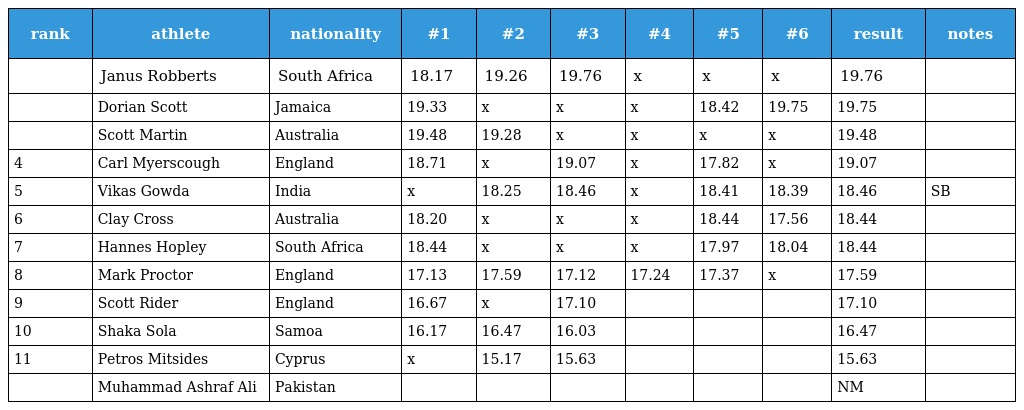
| rank | athlete | nationality | #1 | #2 | #3 | #4 | #5 | #6 | result | notes |
 | --- | --- | --- | --- | --- | --- | --- | --- | --- | --- | --- |
 |  | Janus Robberts | South Africa | 18.17 | 19.26 | 19.76 | x | x | x | 19.76 |  |
 |  | Dorian Scott | Jamaica | 19.33 | x | x | x | 18.42 | 19.75 | 19.75 |  |
 |  | Scott Martin | Australia | 19.48 | 19.28 | x | x | x | x | 19.48 |  |
 | 4 | Carl Myerscough | England | 18.71 | x | 19.07 | x | 17.82 | x | 19.07 |  |
 | 5 | Vikas Gowda | India | x | 18.25 | 18.46 | x | 18.41 | 18.39 | 18.46 | SB |
 | 6 | Clay Cross | Australia | 18.20 | x | x | x | 18.44 | 17.56 | 18.44 |  |
 | 7 | Hannes Hopley | South Africa | 18.44 | x | x | x | 17.97 | 18.04 | 18.44 |  |
 | 8 | Mark Proctor | England | 17.13 | 17.59 | 17.12 | 17.24 | 17.37 | x | 17.59 |  |
 | 9 | Scott Rider | England | 16.67 | x | 17.10 |  |  |  | 17.10 |  |
 | 10 | Shaka Sola | Samoa | 16.17 | 16.47 | 16.03 |  |  |  | 16.47 |  |
 | 11 | Petros Mitsides | Cyprus | x | 15.17 | 15.63 |  |  |  | 15.63 |  |
 |  | Muhammad Ashraf Ali | Pakistan |  |  |  |  |  |  | NM |  |